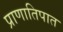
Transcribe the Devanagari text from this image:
प्राणातिपात